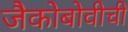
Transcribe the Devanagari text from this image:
जैकोबोवीची